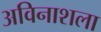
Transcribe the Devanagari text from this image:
अविनाशला